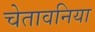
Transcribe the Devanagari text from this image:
चेतावनिया